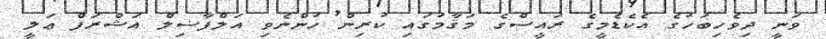
ވަނީ ދިވެހިބަހުގެ އެކެޑެމީގެ ރައީސްގެ މަޤާމުގައި ކުރިން ހުންނެވި އަލްފާޟިލް އަޝްރަފް ޢަލީ